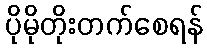
ပိုမိုတိုးတက်စေရန်